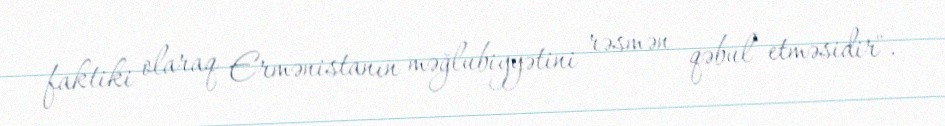
faktiki olaraq Ermənistanın məğlubiyyətini rəsmən qəbul etməsidir".